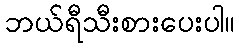
ဘယ်ရီသီးစားပေးပါ။